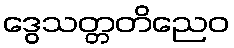
ဒွေသတ္တတိညေဝ